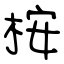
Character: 桉